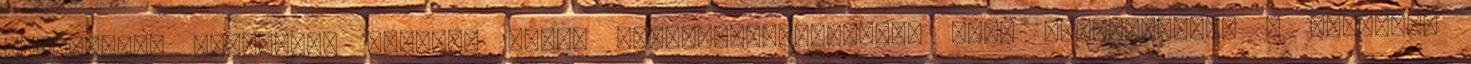
tehetségek felszínre hozása. Ennek figyelembevételével lett meghatározva a létszám.